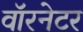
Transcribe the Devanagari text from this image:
वॉरनेटर